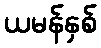
ယမန်နှစ်